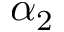
\alpha _ { 2 }